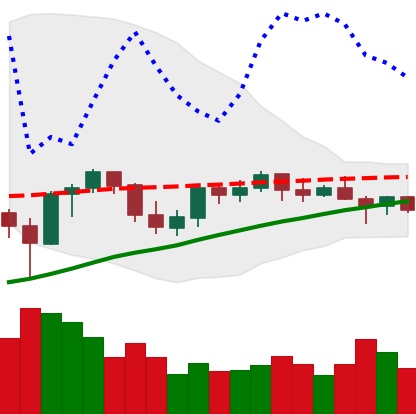
Ticker: ETH-USD
Chart end date: 2021-06-10
Forward return: 5.641%
Label: up_5_7